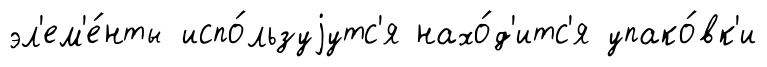
эл'ем'е́нты испо́льзуjутс'я нахо́д'итс'я упако́вк'и